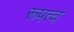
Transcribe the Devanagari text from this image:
रूपत्वं